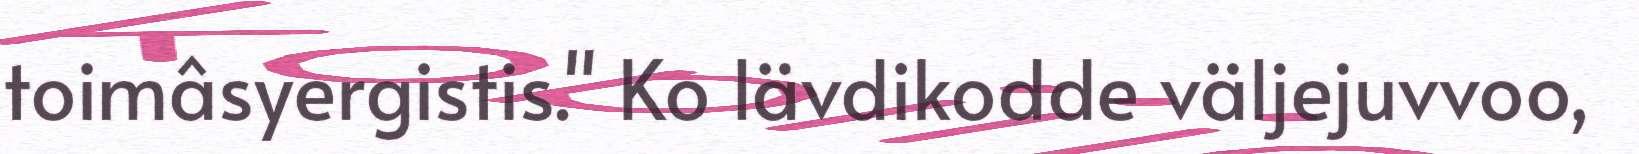
toimâsyergistis." Ko lävdikodde väljejuvvoo,